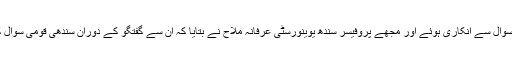
وجاہت مسعود پاکستان میں قومی سوال سے انکاری ہوئے اور مجھے پروفیسر سندھ یوینورسٹی عرفانہ ملاح نے بتایا کہ ان سے گفتگو کے دوران سندھی قومی سوال کا سرے سے ہی انکار کرڈالا تھا۔